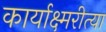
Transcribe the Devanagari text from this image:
कार्याक्ष्मरीत्या